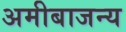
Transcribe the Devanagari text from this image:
अमीबाजन्य